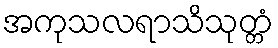
အကုသလရာသိသုတ္တံ